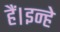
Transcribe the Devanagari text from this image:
हैं।इन्हे